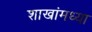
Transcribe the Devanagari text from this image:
शाखांमध्या